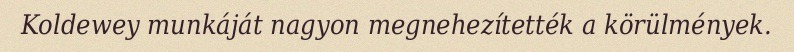
Koldewey munkáját nagyon megnehezítették a körülmények.